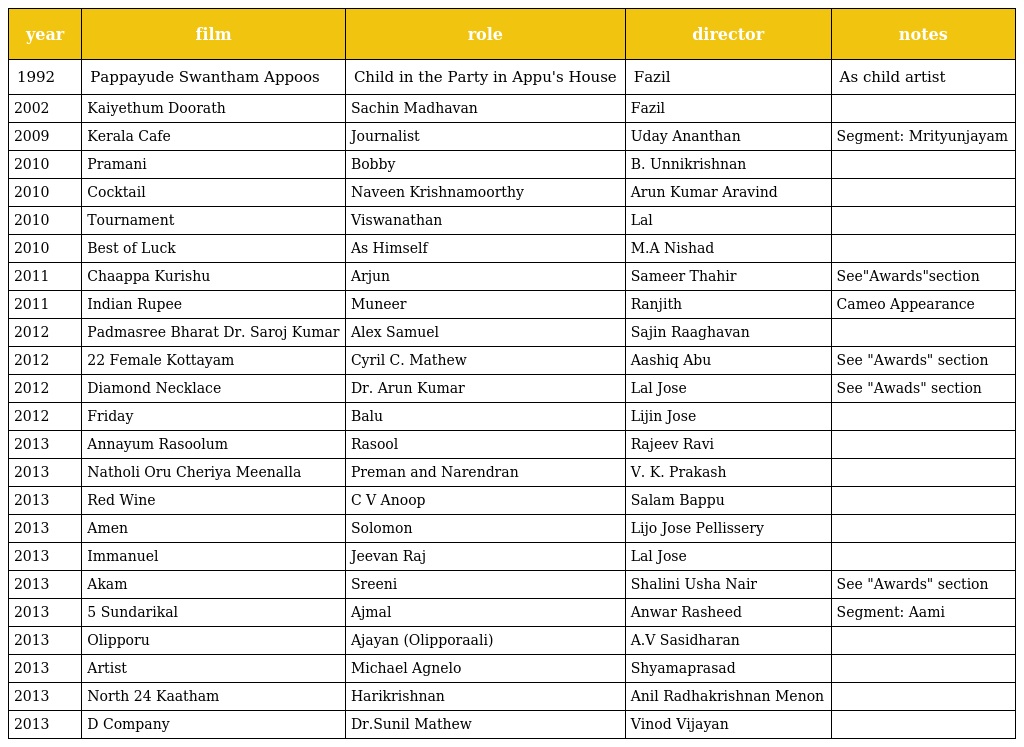
| year | film | role | director | notes |
 | --- | --- | --- | --- | --- |
 | 1992 | Pappayude Swantham Appoos | Child in the Party in Appu's House | Fazil | As child artist |
 | 2002 | Kaiyethum Doorath | Sachin Madhavan | Fazil |  |
 | 2009 | Kerala Cafe | Journalist | Uday Ananthan | Segment: Mrityunjayam |
 | 2010 | Pramani | Bobby | B. Unnikrishnan |  |
 | 2010 | Cocktail | Naveen Krishnamoorthy | Arun Kumar Aravind |  |
 | 2010 | Tournament | Viswanathan | Lal |  |
 | 2010 | Best of Luck | As Himself | M.A Nishad |  |
 | 2011 | Chaappa Kurishu | Arjun | Sameer Thahir | See"Awards"section |
 | 2011 | Indian Rupee | Muneer | Ranjith | Cameo Appearance |
 | 2012 | Padmasree Bharat Dr. Saroj Kumar | Alex Samuel | Sajin Raaghavan |  |
 | 2012 | 22 Female Kottayam | Cyril C. Mathew | Aashiq Abu | See "Awards" section |
 | 2012 | Diamond Necklace | Dr. Arun Kumar | Lal Jose | See "Awads" section |
 | 2012 | Friday | Balu | Lijin Jose |  |
 | 2013 | Annayum Rasoolum | Rasool | Rajeev Ravi |  |
 | 2013 | Natholi Oru Cheriya Meenalla | Preman and Narendran | V. K. Prakash |  |
 | 2013 | Red Wine | C V Anoop | Salam Bappu |  |
 | 2013 | Amen | Solomon | Lijo Jose Pellissery |  |
 | 2013 | Immanuel | Jeevan Raj | Lal Jose |  |
 | 2013 | Akam | Sreeni | Shalini Usha Nair | See "Awards" section |
 | 2013 | 5 Sundarikal | Ajmal | Anwar Rasheed | Segment: Aami |
 | 2013 | Olipporu | Ajayan (Olipporaali) | A.V Sasidharan |  |
 | 2013 | Artist | Michael Agnelo | Shyamaprasad |  |
 | 2013 | North 24 Kaatham | Harikrishnan | Anil Radhakrishnan Menon |  |
 | 2013 | D Company | Dr.Sunil Mathew | Vinod Vijayan |  |